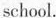
school.